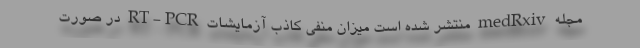
مجله medRxiv منتشر شده است میزان منفی کاذب آزمایشات RT-PCR در صورت